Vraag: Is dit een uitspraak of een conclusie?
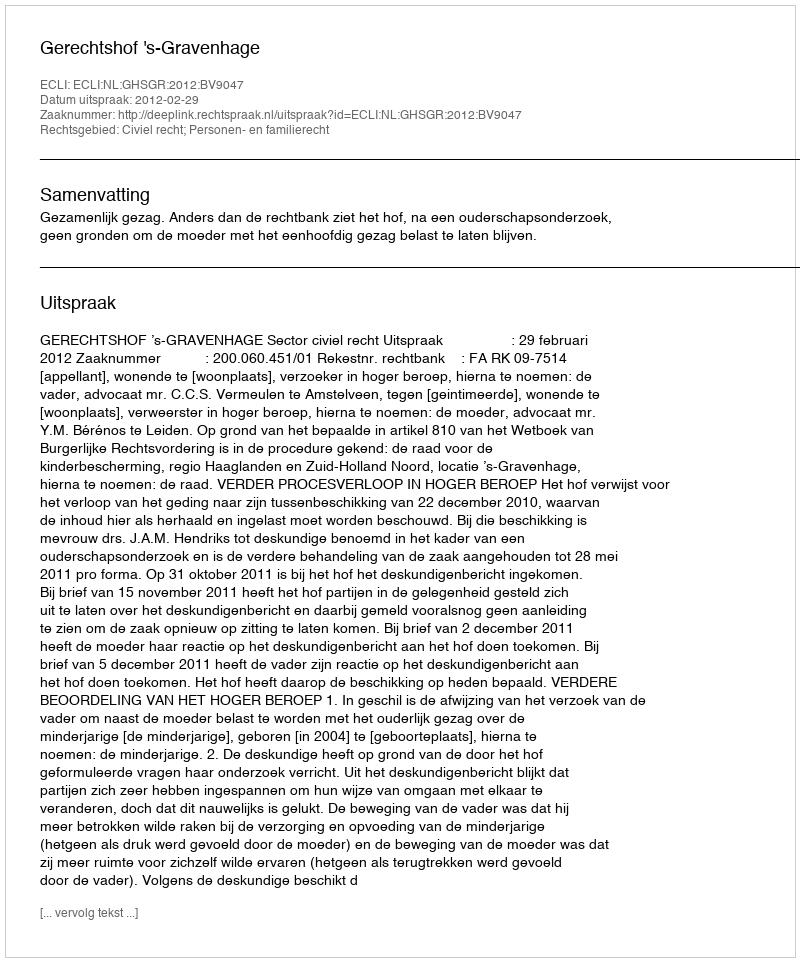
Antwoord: Uitspraak